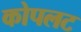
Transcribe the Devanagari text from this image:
कोपलट